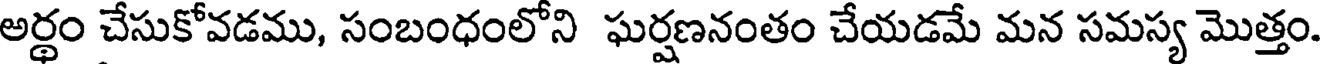
అర్థం చేసుకోవడము, సంబంధంలోని ఘర్షణనంతం చేయడమే మన సమస్య మొత్తం.